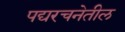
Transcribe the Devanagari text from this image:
पद्यरचनेतील